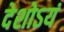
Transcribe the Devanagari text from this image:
देशोऽयं